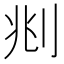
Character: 𠛪